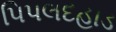
પિપલદહાડ